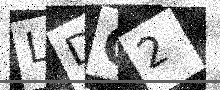
Text: LDG2